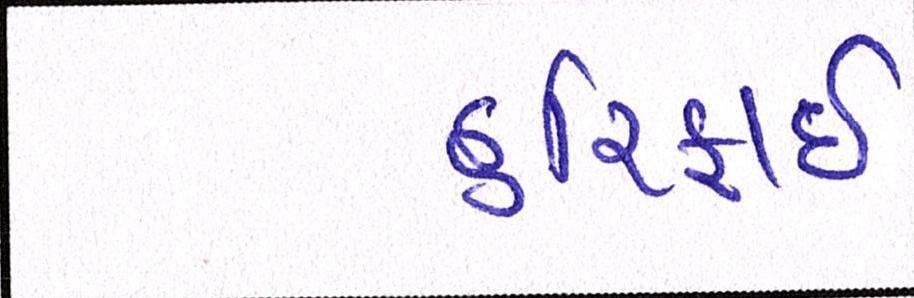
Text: હરિફાઇ